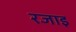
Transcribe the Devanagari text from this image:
रजाइ